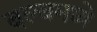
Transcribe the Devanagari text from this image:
बल्बमध्ये